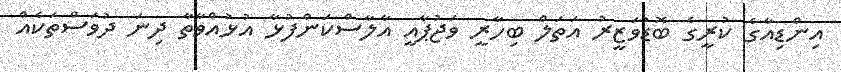
އިންޑިއާގެ ކުރީގެ ބޮޑުވަޒީރު އަތަލް ބިހާރީ ވަޖުޕާއީ އާލާސްކަންފުޅާ އުޅުއްވާތާ ދިނަ ދުވަސްތަކެއް